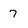
Character: 7